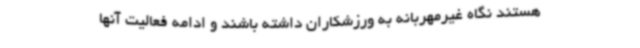
هستند نگاه غیرمهربانه به ورزشکاران داشته باشند و ادامه فعالیت آنها